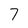
Character: 7